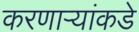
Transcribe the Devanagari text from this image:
करणाऱ्यांकडे